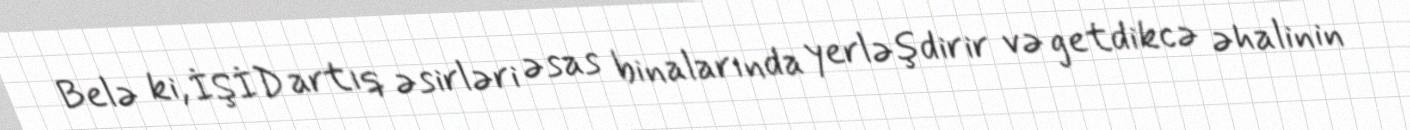
Belə ki, İŞİD artıq əsirləri əsas binalarında yerləşdirir və getdikcə əhalinin